Calcutta medical institutions reports 1879-81 [i.e.91]
Year: 1879
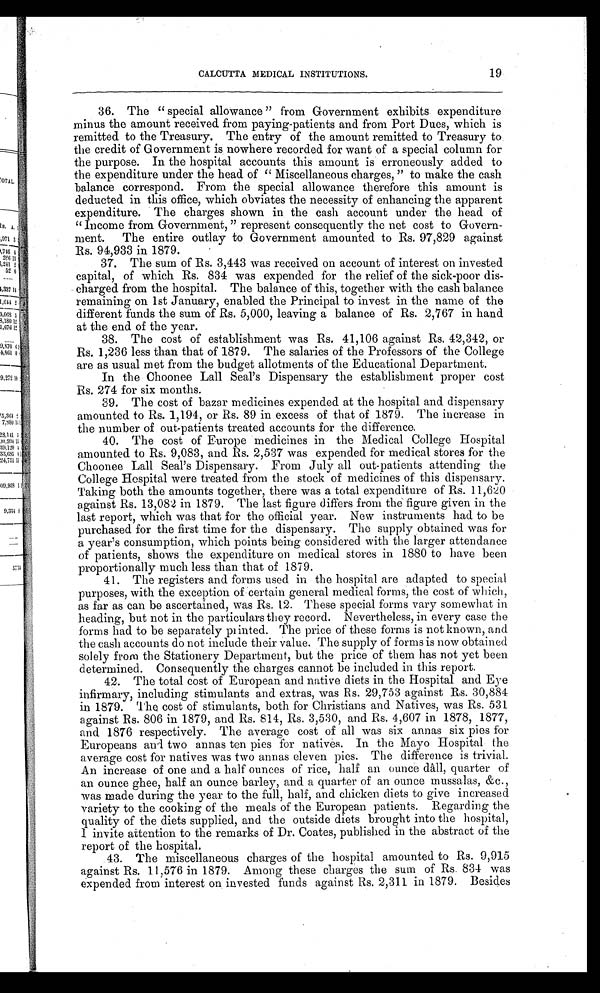
19
CALCUTTA MEDICAL INSTITUTIONS.
36. The "special allowance" from Government exhibits expenditure
minus the amount received from paying-patients and from Port Dues, which is
remitted to the Treasury. The entry of the amount remitted to Treasury to
the credit of Government is nowhere recorded for want of a special column for
the purpose. In the hospital accounts this amount is erroneously added to
the expenditure under the head of "Miscellaneous charges," to make the cash
balance correspond. From the special allowance therefore this amount is
deducted in this office, which obviates the necessity of enhancing the apparent
expenditure. The charges shown in the cash account under the head of
"Income from Government," represent consequently the net cost to Gover
n -
ment. The entire outlay to Government amounted to Rs. 97,829 against
Rs. 94,933 in 1879.
37. The sum of Rs. 3,443 was received on account of interest on invested
capital, of which Rs. 834 was expended for the relief of the sick-poor dis
- c h a r g e d f r o m t h e h o s p i t a l . T h e b a l a n c e o f t h i s , t o g e t h e r w i t h t h e c a s h b a l a n c e
remaining on 1st January, enabled the Principal to invest in the name of the
different funds the sum of Rs. 5,000, leaving a balance of Rs. 2,767 in hand
at the end of the year.
38. The cost of establishment was Rs. 41,106 against Rs. 42,342, or
Rs. 1,236 less than that of 1879. The salaries of the Professors of the College
are as usual met from the budget allotments of the Educational Department.
In the Choonee Lall Seal's Dispensary the establishment proper cost
Rs. 274 for six months.
39. The cost of bazar medicines expended at the hospital and dispensary
amounted to Rs. 1,194, or Rs. 89 in excess of that of 1879. The increase in
the number of out-patients treated accounts for the difference,
40. The cost of Europe medicines in the Medical College Hospital
amounted to Rs. 9,083, and Rs. 2,537 was expended for medical stores for the
Choonee Lall Seal's Dispensary. From July all out-patients attending the
College Hospital were treated from the stock of medicines of this dispensary.
Taking both the amounts together, there was a total expenditure of Rs. 11,620
against Rs. 13,082 in 1879. The last figure differs from the figure given in the
last report, which was that for the official year. New instruments had to be
purchased for the first time for the dispensary. The supply obtained was for
a year's consumption, which points being considered with the larger attendance
of patients, shows the expenditure on medical stores in 1880 to have been
proportionally much less than that of 1879.
41. The registers and forms used in the hospital are adapted to special
purposes, with the exception of certain general medical forms, the cost of which,
as far as can be ascertained, was Rs. 12. These special forms vary somewhat in
heading, but not in the particulars they record. Nevertheless, in every case the
forms had t o be separat el y pri nt ed. The pri ce of t hese forms i s not known, and
the cash accounts do not include their value. The supply of forms is now obtained
solely from the Stationery Department, but the price of them has not yet been
determined. Consequently the charges cannot be included in this report.
42. The total cost of European and native diets in the Hospital and Eye
infirmary, including stimulants and extras, was Rs. 29,753 against Rs. 30,884
in 1879. The cost of stimulants, both for Christians and Natives, was Rs. 531
against Rs. 806 in 1879, and Rs. 814, Rs. 3,530, and Rs. 4,607 in 1878, 1877,
and 1876 respectively. The average cost of all was six annas six pies for
Europeans and two annas ten pies for natives. In the Mayo Hospital the
average cost for natives was two annas eleven pies. The difference is trivial.
An increase of one and a half ounces of rice, half an ounce dâll, quarter of
an ounce ghee, half an ounce barley, and a quarter of an ounce mussalas, &c.,
was made during the year to the full, half, and chicken diets to give increased
variety to the cooking of the meals of the European patients. Regarding the
quality of the diets supplied, and the outside diets brought into the hospital,
I invite attention to the remarks of Dr. Coates, published in the abstract of the
report of the hospital.
43. The miscellaneous charges of the hospital amounted to Rs. 9,915
against Rs. 11,576 in 1879. Among these charges the sum of Rs. 834 was
expended from interest on invested funds against Rs. 2,311 in 1879. Besides